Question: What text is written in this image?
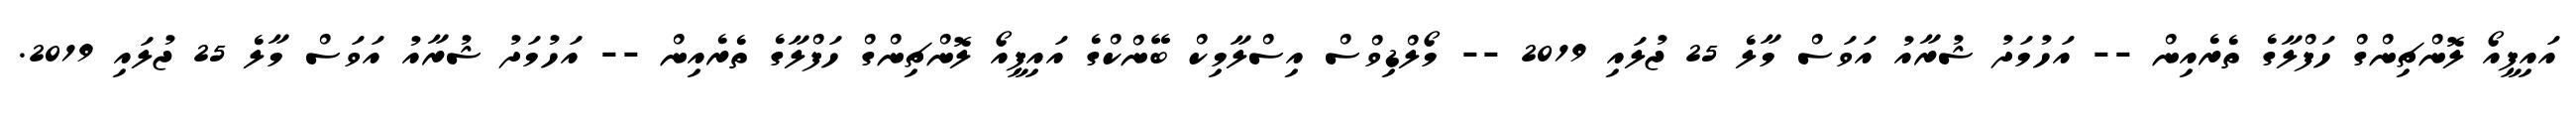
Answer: އައިޕީއޯ ލޮންޗިންގް ހަފްލާގެ ތެރެއިން -- އަހުމަދު ޝުރާއު އަވަސް މާލެ 25 ޖުލައި 2019 -- މޯލްޑިވްސް އިސްލާމިކް ބޭންކްގެ އައިޕީއޯ ލޮންޗިންގް ހަފްލާގެ ތެރެއިން -- އަހުމަދު ޝުރާއު އަވަސް މާލެ 25 ޖުލައި 2019.